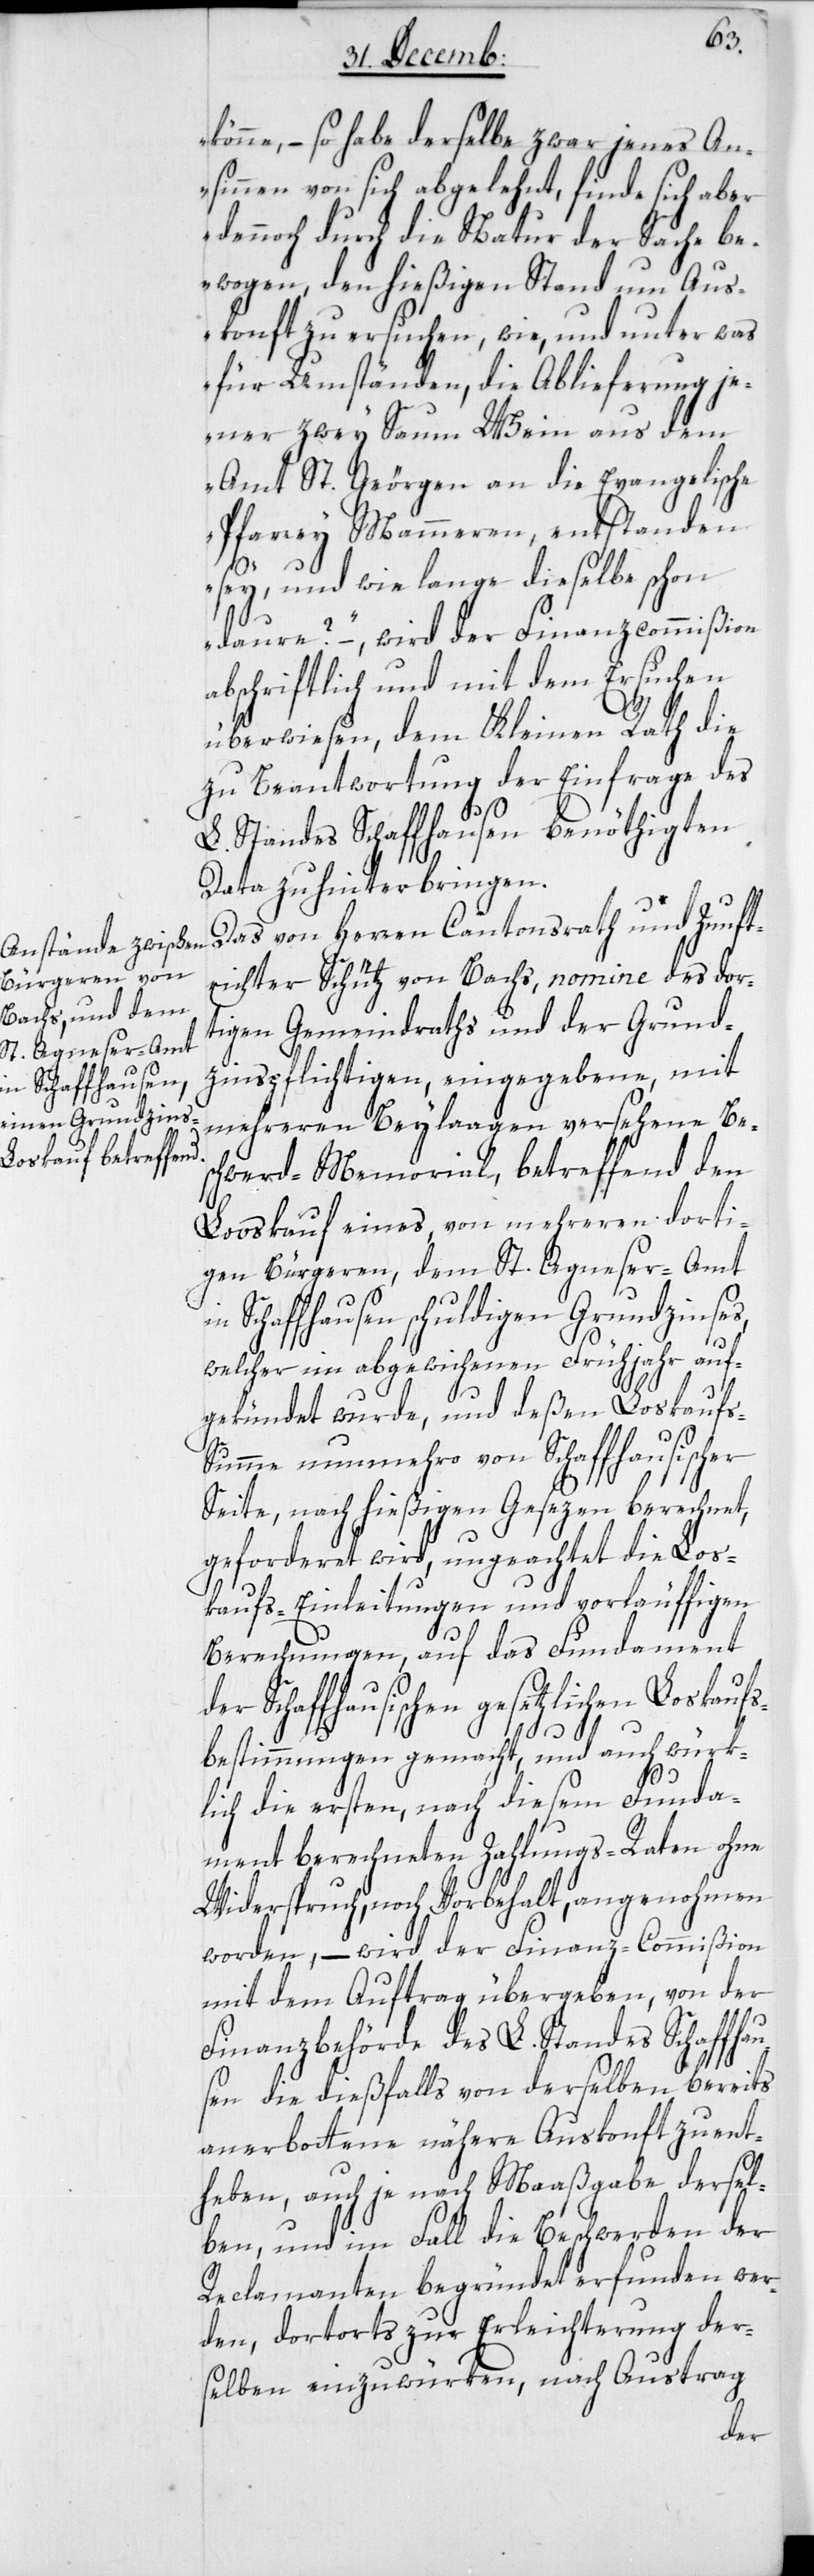
könne, – so habe derselbe zwar jenes An¬
sinnen von sich abgelehnt, finde sich aber
dennoch durch die Natur der Sache be¬
wogen, den hießigen Stand um Aus¬
konft zu ersuchen, wie, und unter was
für Umständen, die Ablieferung je¬
ner zwey Saum Wein aus dem
Amt St. Geörgen an die Evangelische
Pfarrey Mammern, entstanden
sey, und wie lange dieselbe schon
daure?“ – wird der Finanzcommißion
abschriftlich und mit dem Ersuchen
überwiesen, dem Kleinen Rath die
zu Beantwortung der Einfrage des
L. Standes Schaffhausen benöthigten
Data zu hinterbringen.
Das von Herren Cantonsrath und Zunft¬
richter Schütz von Bachs, nomine des dor¬
tigen Gemeindraths und der Grund¬
zinspflichtigen, eingegebene, mit
mehreren Beylaagen versehene Bes¬
chwerd-Memorial, betreffend den
Looskauf eines, von mehreren dorti¬
gen Bürgeren, dem St. Agneser-Amt
Schaffhausen schuldigen Grundzinses,
welcher im abgewichenen Frühjahr auf¬
gekündet wurde, und deßen Loskaufs-S¬
umme nunmehro von Schaffhausischer
Seite, nach hießigen Gesezen berechnet,
geforderet wird, ungeachtet die Los¬
kaufs-Einleitungen und vorläuffigen
Berechnungen, auf das Fundament
der Schaffhausischen gesetzlichen Loskaufs¬
bestimmungen gemacht, und auch würk¬
lich die ersten, nach diesem Funda¬
ment berechneten Zahlungs-Raten ohne
Widerspruch, noch Vorbehalt, angenohmen
worden, – wird der Finanz-Commißion
mit dem Auftrag übergeben, von der
Finanzbehörde des L. Standes Schaffhau¬
sen die dießfalls von derselben bereits
anerbotene nähere Auskonft zu ent¬
heben, auch je nach Maaßgabe dersel¬
ben, und im Fall die Beschwerden der
Reclamanten begründet erfunden wer¬
den, dortorts zur Erleichterung der¬
selben einzuwürken, nach Austrag